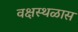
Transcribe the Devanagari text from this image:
वक्षस्थळास